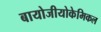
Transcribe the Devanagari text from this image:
बायोजीयोकेमिकल